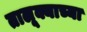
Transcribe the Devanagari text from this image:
तालूक्याच्या